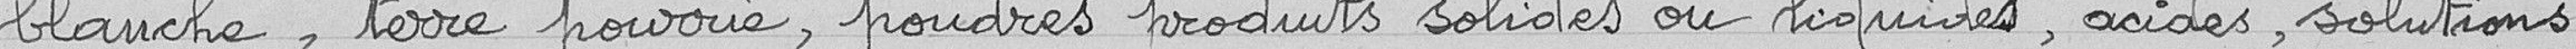
blanche, terre pourrie, poudres, produits solides ou liquides, acides, solutions